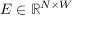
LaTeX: E \in \mathbb { R } ^ { N \times W }